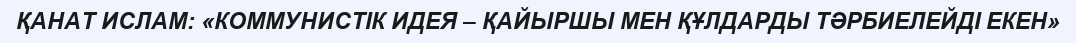
ҚАНАТ ИСЛАМ: «КОММУНИСТІК ИДЕЯ – ҚАЙЫРШЫ МЕН ҚҰЛДАРДЫ ТӘРБИЕЛЕЙДІ ЕКЕН»